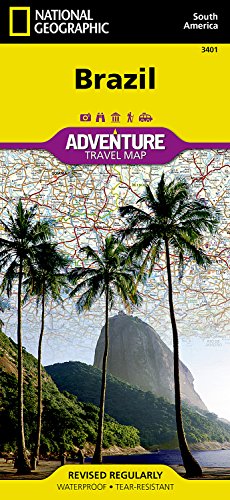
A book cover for Brazil (National Geographic Adventure Map); National Geographic Maps - Adventure; Travel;